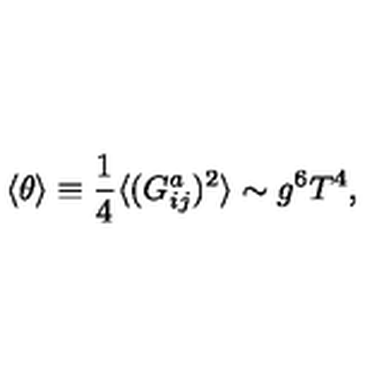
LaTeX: \langle \theta \rangle \equiv \frac { 1 } { 4 } \langle ( G _ { i j } ^ { a } ) ^ { 2 } \rangle \sim g ^ { 6 } T ^ { 4 } ,